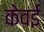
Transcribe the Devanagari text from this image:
केवई